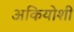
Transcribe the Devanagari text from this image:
अकियोशी